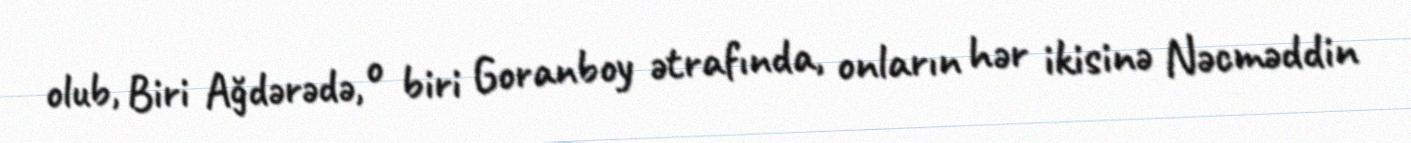
olub, Biri Ağdərədə, o biri Goranboy ətrafında, onların hər ikisinə Nəcməddin